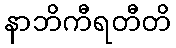
နာဘိကီရတီတိ